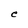
Character: e